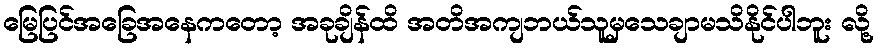
မြေပြင်အခြေအနေကတော့ အခုချိန်ထိ အတိအကျဘယ်သူမှသေချာမသိနိုင်ပါဘူး လို့